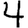
Digit: 4